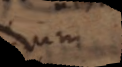
um